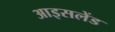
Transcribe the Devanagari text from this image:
आइसलेंड